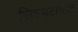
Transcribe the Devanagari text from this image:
चित्र्पटातील